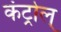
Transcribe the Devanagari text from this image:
कंट्रोल्